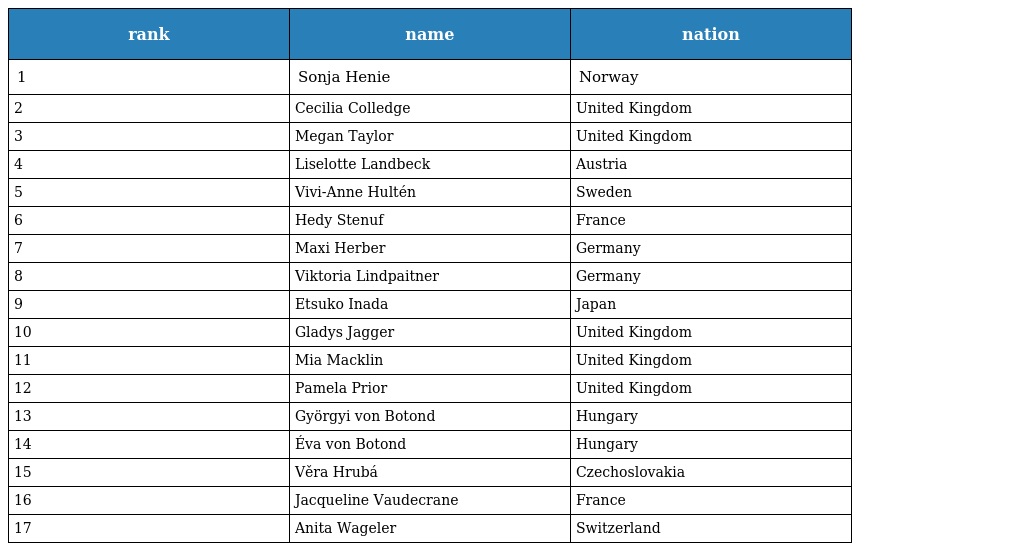
| rank | name | nation |
 | --- | --- | --- |
 | 1 | Sonja Henie | Norway |
 | 2 | Cecilia Colledge | United Kingdom |
 | 3 | Megan Taylor | United Kingdom |
 | 4 | Liselotte Landbeck | Austria |
 | 5 | Vivi-Anne Hultén | Sweden |
 | 6 | Hedy Stenuf | France |
 | 7 | Maxi Herber | Germany |
 | 8 | Viktoria Lindpaitner | Germany |
 | 9 | Etsuko Inada | Japan |
 | 10 | Gladys Jagger | United Kingdom |
 | 11 | Mia Macklin | United Kingdom |
 | 12 | Pamela Prior | United Kingdom |
 | 13 | Györgyi von Botond | Hungary |
 | 14 | Éva von Botond | Hungary |
 | 15 | Věra Hrubá | Czechoslovakia |
 | 16 | Jacqueline Vaudecrane | France |
 | 17 | Anita Wageler | Switzerland |